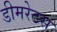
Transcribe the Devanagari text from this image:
डीमरेटस